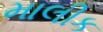
માલીક